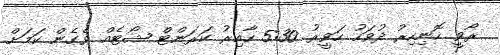
ރޯވީ ހޮނިހިރު ދުވަހު ހަވީރު 5:30 ހާއިރު ކަރަންޓް ޝޯޓެއް ވެގެން ކަމަށް